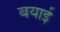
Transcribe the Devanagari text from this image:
बयाई